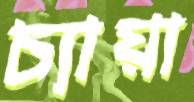
চ্যায়া